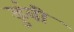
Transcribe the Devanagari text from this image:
डुंबी